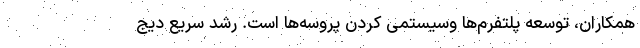
همکاران، توسعه پلتفرم‌‌ها وسیستمی کردن پروسه‌ها است. رشد سریع دیج